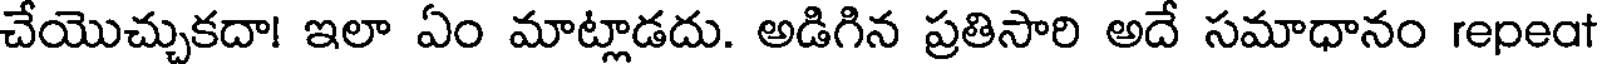
చేయొచ్చుకదా! ఇలా ఏం మాట్లాడదు. అడిగిన ప్రతిసారి అదే సమాధానం repeat